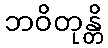
ဘဝိတုန္တိ